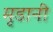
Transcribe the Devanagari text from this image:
मृडानी